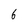
Character: 8